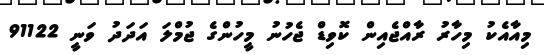
މިއާއެކު މިހާރު ރާއްޖެއިން ކޮވިޑް ޖެހުނު މީހުންގެ ޖުމްލަ އަދަދު ވަނީ 91122